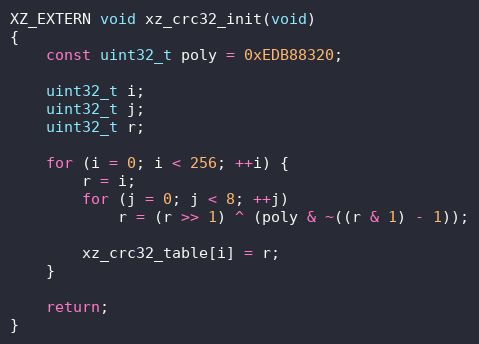
Language: C
XZ_EXTERN void xz_crc32_init(void)
{
    const uint32_t poly = 0xEDB88320;

    uint32_t i;
    uint32_t j;
    uint32_t r;

    for (i = 0; i < 256; ++i) {
        r = i;
        for (j = 0; j < 8; ++j)
            r = (r >> 1) ^ (poly & ~((r & 1) - 1));

        xz_crc32_table[i] = r;
    }

    return;
}